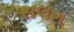
સલગ